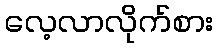
လေ့လာလိုက်စား